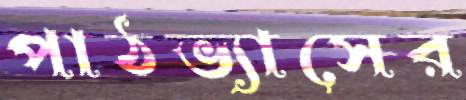
পাঠভ্যাসের